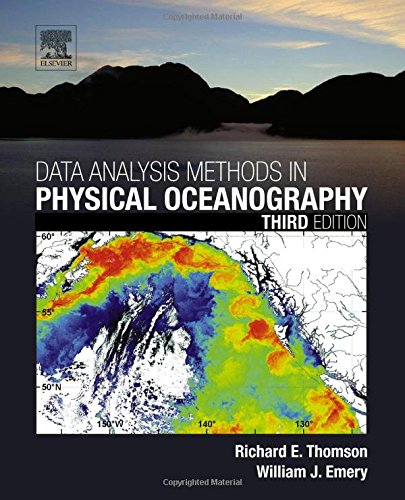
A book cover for Data Analysis Methods in Physical Oceanography, Third Edition; Richard E. Thomson; Science & Math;